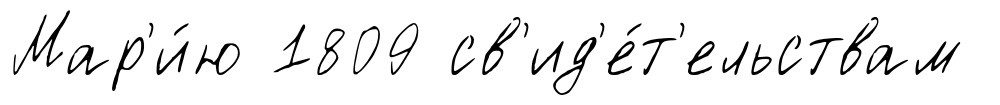
Мар'и́ю 1809 св'ид'е́т'ельствам